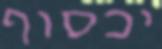
יכסוף